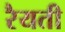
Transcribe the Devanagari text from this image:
रैयती